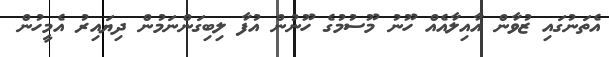
އެތަނުގައި ޒުވާން އާއިލާއެއް ހޫނު މޫސުމުގެ ހޫނުން އުފާ ލިބިގަންނަމުން ދިޔައިރު އެމީހުން